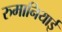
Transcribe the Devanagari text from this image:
रुमानियाई